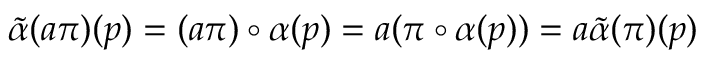
\tilde { \alpha } ( a \pi ) ( p ) = ( a \pi ) \circ \alpha ( p ) = a ( \pi \circ \alpha ( p ) ) = a \tilde { \alpha } ( \pi ) ( p )